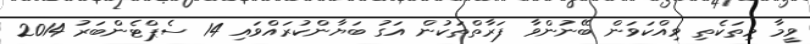
ވީމާ މިތަކެތި ވިއްކަވަން ބޭނުންވާ ފަރާތްތަކުން އަގު ބަޔާންކުރައްވައި 14 ސެޕްޓެންބަރު 2014